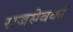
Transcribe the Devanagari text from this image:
राजसेवकों